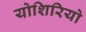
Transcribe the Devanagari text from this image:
योशिरियो